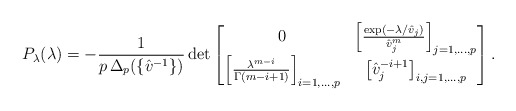
\begin{align*}P_\lambda(\lambda)=-\frac{1}{p\,\Delta_p(\{\hat{v}^{-1}\}) }\det\begin{bmatrix} 0 & \left[\frac{\exp(-\lambda/\hat{v}_j)}{\hat{v}_j^m}\right]_{j=1,...,p} \\\left[\frac{\lambda^{m-i}}{\Gamma(m-i+1)}\right]_{i=1,...,p} & \left[\hat{v}_j^{-i+1}\right]_{i,j=1,...,p}\end{bmatrix}.\end{align*}